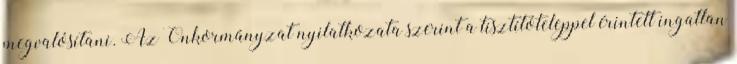
megvalósítani. Az Önkormányzat nyilatkozata szerint a tisztítóteleppel érintett ingatlan